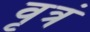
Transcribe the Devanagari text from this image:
वृत्रं